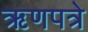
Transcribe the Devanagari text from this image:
ऋणपत्रे